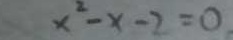
x ^ { 2 } - x - 2 = 0